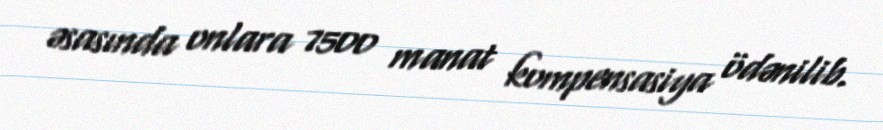
əsasında onlara 7500 manat kompensasiya ödənilib.